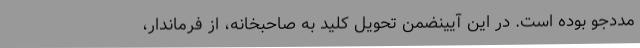
مددجو بوده است. در این آیینضمن تحویل کلید به صاحبخانه، از فرماندار،